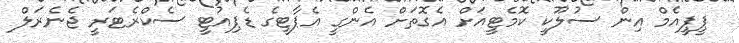
ޕީޕީއެމް އިން ސުލޫކީ ކޮމެޓީއަށް އެގޮތަށް އެންގީ އެޕާޓީގެ ޑެޕިއުޓީ ސެކްރެޓަރީ ޖެނެރަލް